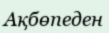
Ақбөпеден